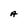
Character: A